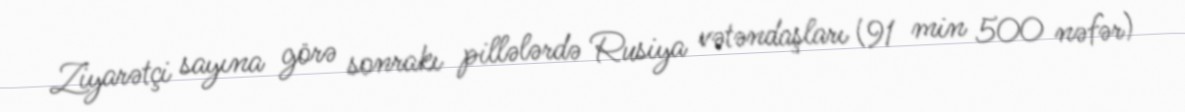
Ziyarətçi sayına görə sonrakı pillələrdə Rusiya vətəndaşları (91 min 500 nəfər)